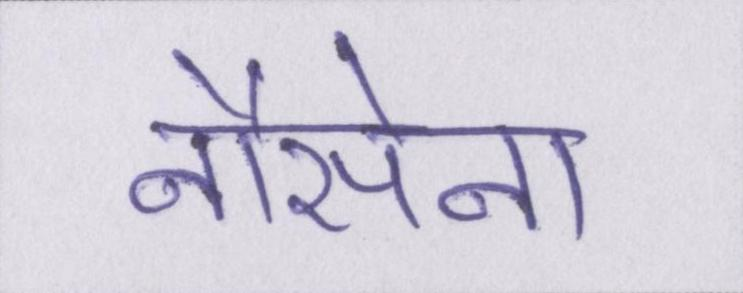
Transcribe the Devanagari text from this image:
नौसेना